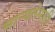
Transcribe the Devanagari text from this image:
मान्यतेसाठी